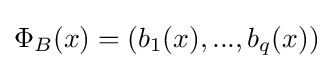
\Phi _{B}(x)=(b_{1}(x),...,b_{q}(x))